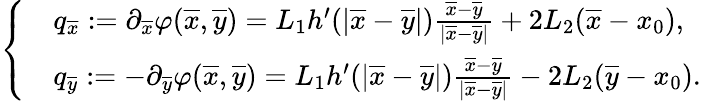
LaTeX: \left\{ \begin{array}{rl}&{q_{\overline{{x}}}:=\partial_{\overline{{x}}}\varphi(\overline{{x}},\overline{{y}})=L_{1}h^{\prime}(|\overline{{x}}-\overline{{y}}|)\frac{\overline{{x}}-\overline{{y}}}{|\overline{{x}}-\overline{{y}}|}+2L_{2}(\overline{{x}}-x_{0}),}\\ &{q_{\overline{{y}}}:=-\partial_{\overline{{y}}}\varphi(\overline{{x}},\overline{{y}})=L_{1}h^{\prime}(|\overline{{x}}-\overline{{y}}|)\frac{\overline{{x}}-\overline{{y}}}{|\overline{{x}}-\overline{{y}}|}-2L_{2}(\overline{{y}}-x_{0}).}\end{array}\right.